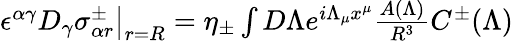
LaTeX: \begin{array}{r}{\left.\epsilon^{\alpha\gamma}D_{\gamma}\sigma_{\alpha r}^{\pm}\right|_{r=R}=\eta_{\pm}\int D\Lambda e^{i\Lambda_{\mu}x^{\mu}}\frac{A(\Lambda)}{R^{3}}C^{\pm}(\Lambda)}\end{array}